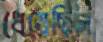
ধেয়েছিল